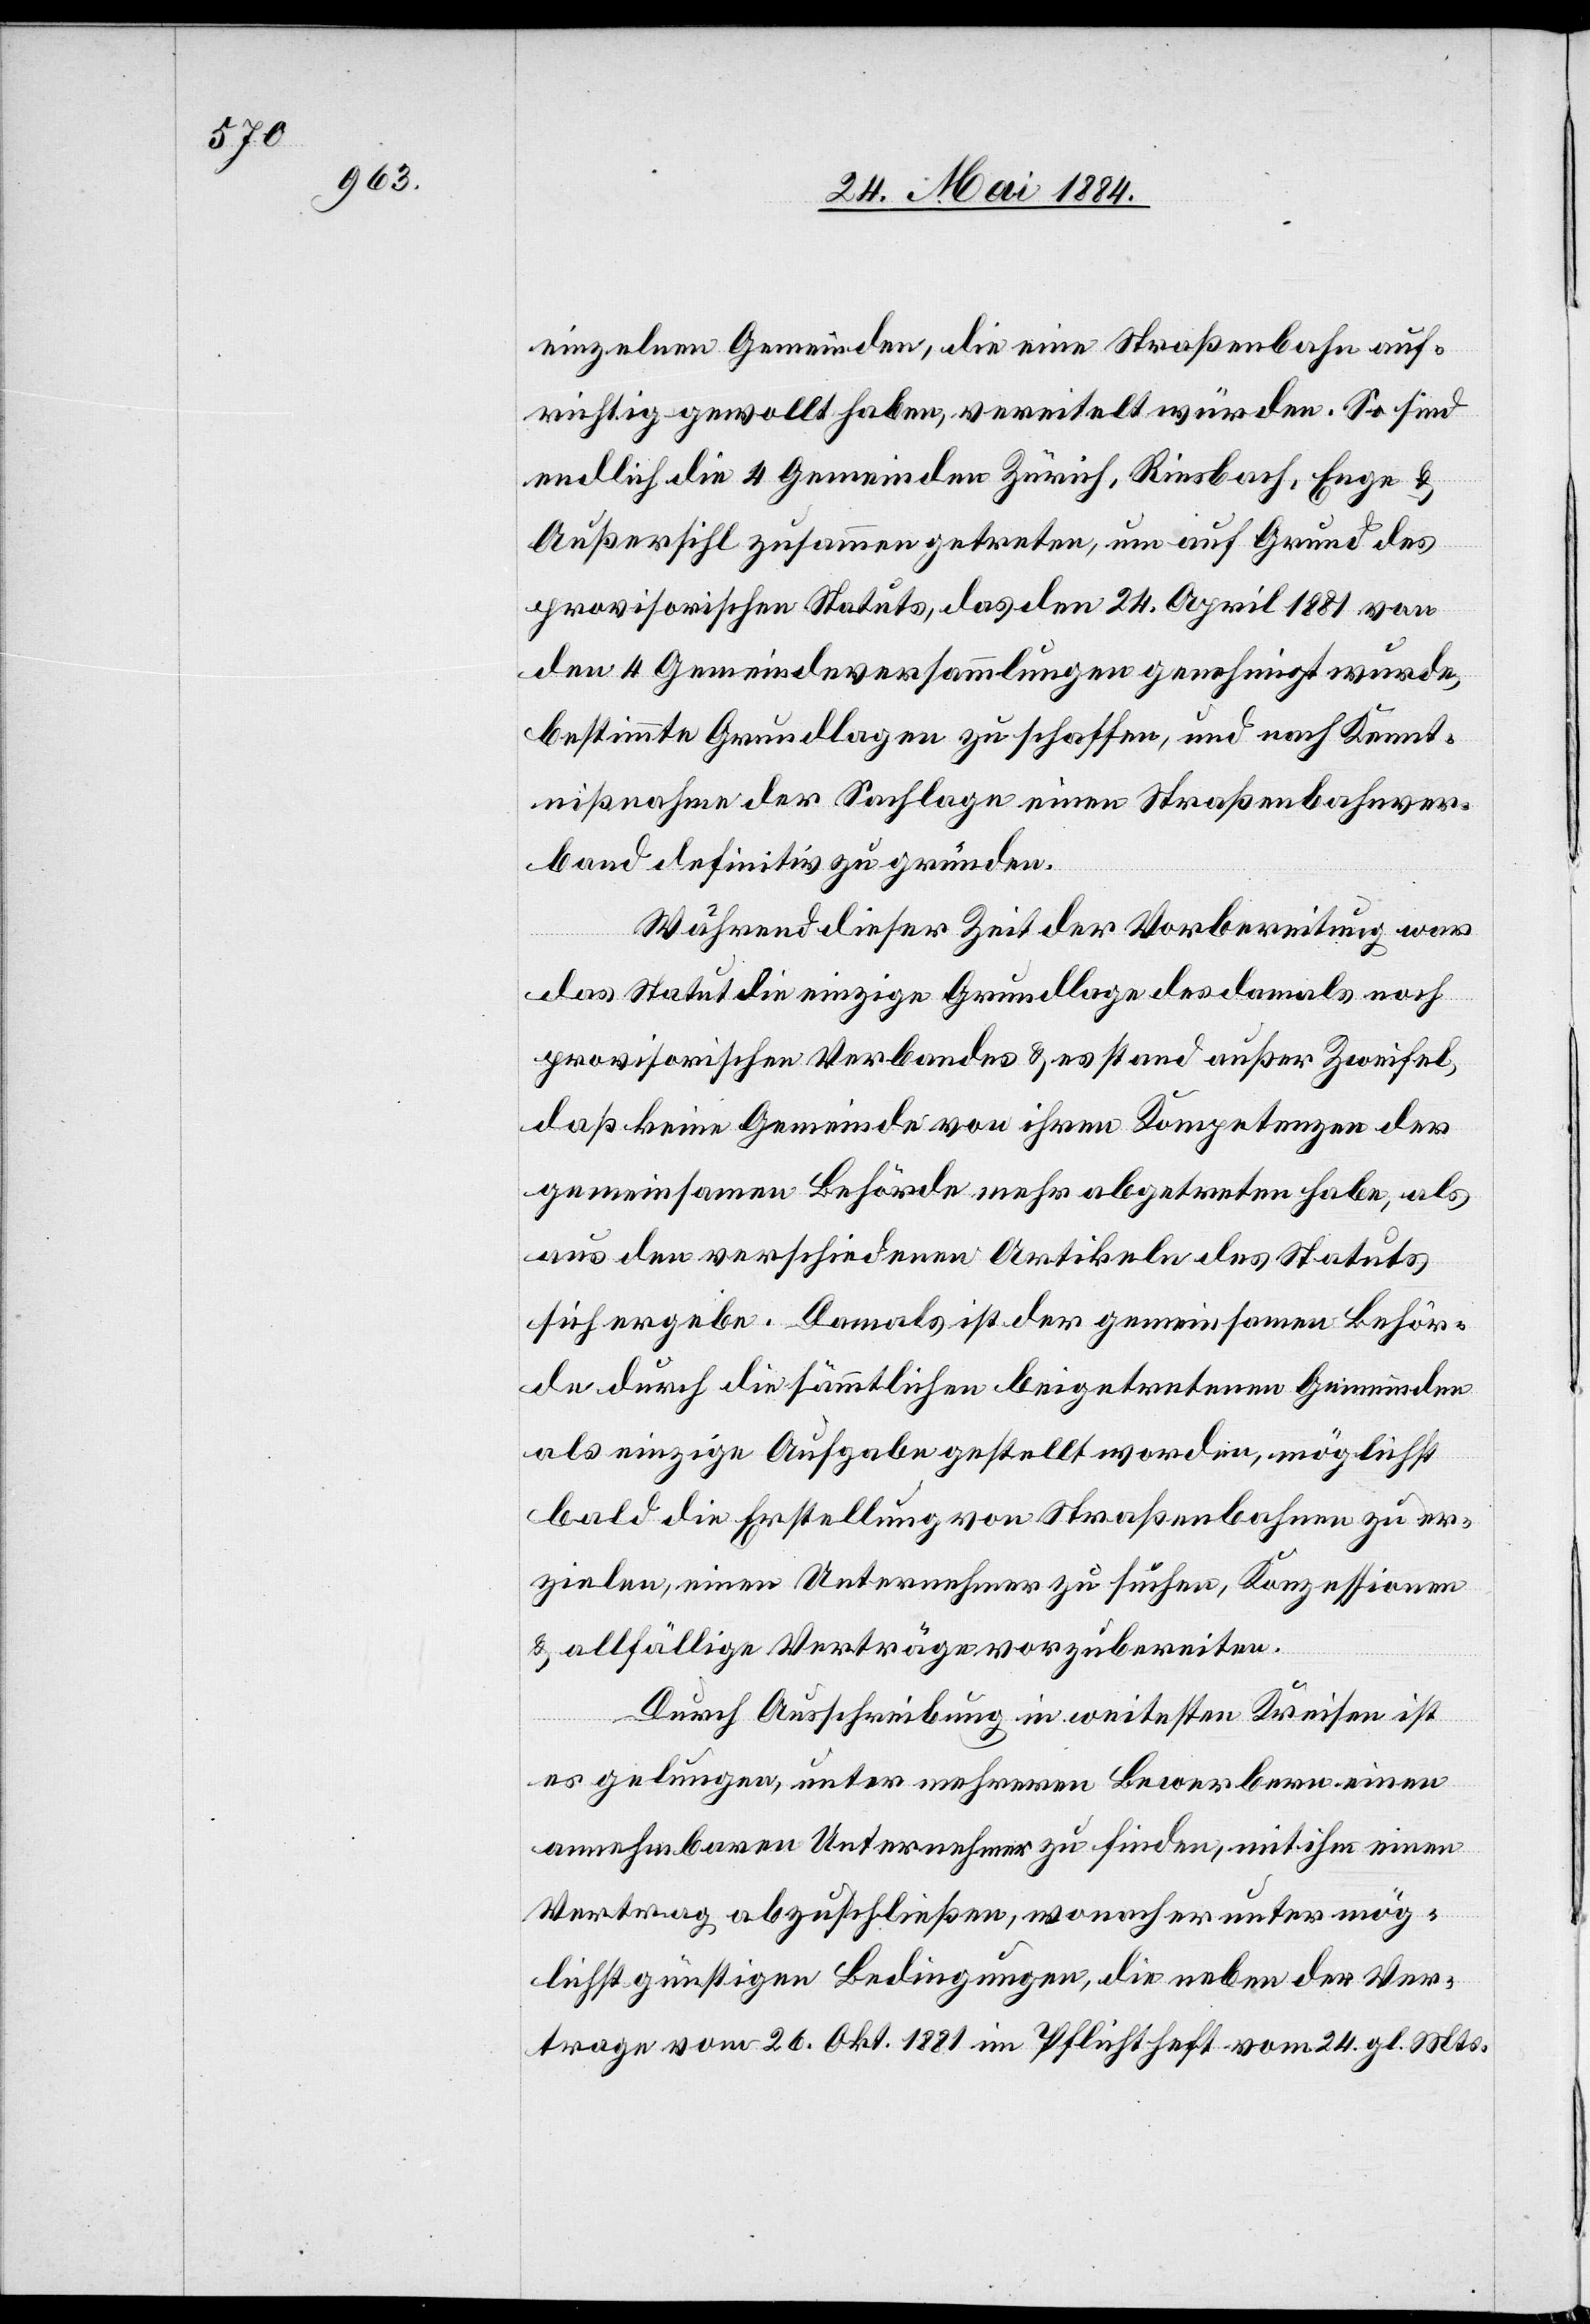
einzelnen Gemeinden, die eine Straßenbahn auf¬
richtig gewollt haben, vereitelt würden. So sind
endlich die 4 Gemeinden Zürich, Riesbach, Enge &
Außersihl zusammen getreten, um auf Grund des
provisorischen Status, das den 24. April 1881 von
den 4 Gemeindeversammlungen genehmigt wurde,
bestimmte Grundlagen zu schaffen, und nach Kennt¬
nißnahme der Sachlage einen Straßenbahnver¬
band definitiv zu gründen.
Während dieser Zeit der Vorbereitung war
das Statut die einzige Grundlage des damals noch
provisorischen Verbandes & es stand außer Zweifel,
daß keine Gemeinde von ihren Kompetenzen der
gemeinsamen Behörde mehr abgetreten habe, als
aus den verschiedenen Artikeln des Statuts
sich ergebe. Damals ist der gemeinsamen Behör¬
de durch die sämmtlichen beigetretenen Gemeinden
als einzige Aufgabe gestellt worden, möglichst
bald die Erstellung von Straßenbahnen zu er¬
zielen, einen Unternehmer zu suchen, Konzessionen
& allfällige Verträge vorzubereiten.
Durch Ausschreibung in weitesten Kreisen ist
es gelungen, unter mehreren Bewerbern einen
annehmbaren Unternehmer zu finden, mit ihm einen
Vertrag abzuschließen, wonach er unter mög¬
lichst günstigen Bedingungen, die neben der Ver¬

vom